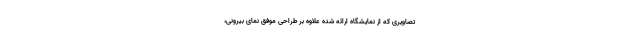
تصاویری که از نمایشگاه ارائه شده علاوه بر طراحی موفق نمای بیرونی،